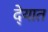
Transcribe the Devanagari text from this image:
दे्यात